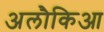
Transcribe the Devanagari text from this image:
अलौकिआ